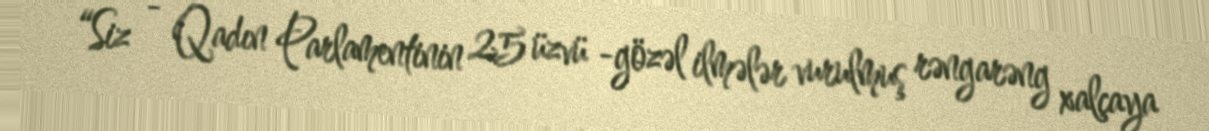
“Siz - Qadın Parlamentinin 25 üzvü -gözəl ilmələr vurulmuş rəngarəng xalçaya